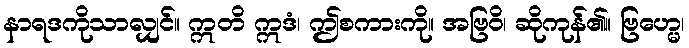
နာရဒကိုသာလျှင်။ ဣတိ ဣဒံ၊ ဤစကားကို။ အဗြဝိ၊ ဆိုကုန်၏။ ဗြဟ္မေ၊